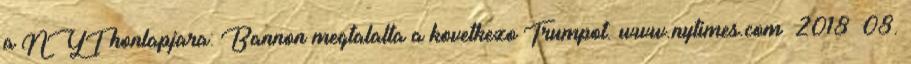
a NYT honlapjara: Bannon megtalalta a kovetkezo Trumpot. www.nytimes.com 2018 08.